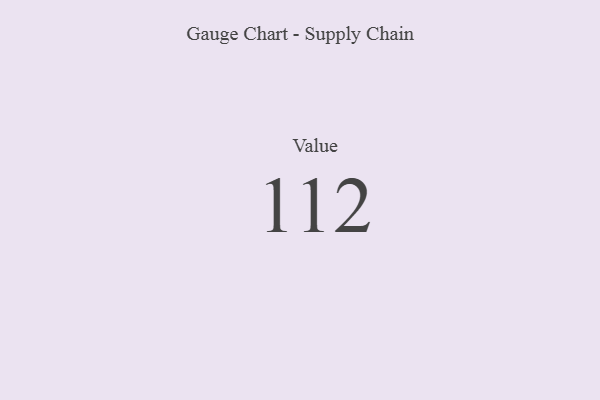
{"axis": {"x": "Metric", "y": "Value"}, "legend": [""], "data": [{"x": "Value", "y": 112, "type": ""}]}